Rangoon Lunatic Asylum 1878-1892 - 1878-1892
Year: 1878
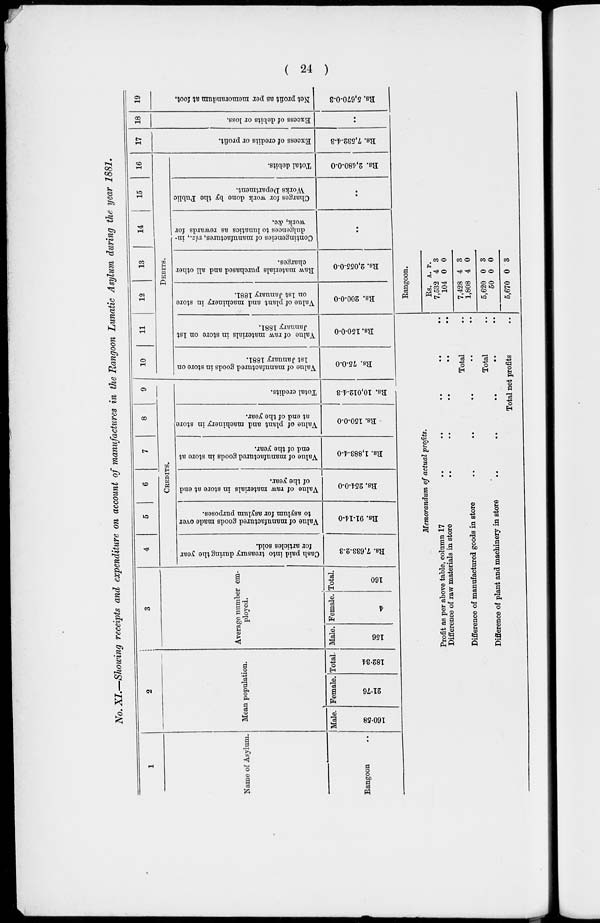
( 24 )
No. XI.—Showing receipts and expenditure on account of manufactures in the Rangoon Lunatic Asylum during the year 1881.
1
Name of Asylum.
Rangoon ..
2
Mean population.
Male.
160.58
Female.
21.76
Total.
182.34
3
Average number em-
ployed.
Male.
156
Female.
4
Total.
160
4
5
6
7
8
9
CREDITS.
Cash paid into treasury during the year
for articles sold.
Rs. 7,633-2-3
Value of manufactured goods made over
to asylum for asylum purposes.
Rs. 91-14-0
Value of raw materials in store at end
of the year.
Rs. 254-0-0
Value of manufactured goods in store at
end of the year.
Rs. 1,883-4-0
Value of plant and machinery in store
at end of the year.
Rs. 150-0-0
Total credits.
Rs. 10,012-4-3
10
11
12
13
14 15 16
Debits.
Value of manufactured goods in store on
1st January 1881.
Rs. 75-0-0
Value of raw materials in store on 1st
January 1881.
Rs. 150-0-0
Value of plant and machinery in store
on 1st January 1881.
Rs. 200-0-0
Raw materials purchased and all other
charges.
Rs. 2,055-0-0
Contingencies of manufactures, viz., in-
dulgences to lunatics as rewards for
work, &c.
..
Charges for work done by the Public
Works Department.
..
Total debits.
Rs. 2,480-0-0
17
Excess of credits or profit.
Rs. 7,532-4-3
18
Excess of debits or loss.
..
19
Net profit as per memorandum at foot.
Rs. 5,670-0-3
Memorandum of actual profits.
Profit as per above table, column 17
..
..
..
..
..
Difference of raw materials in store
..
..
..
..
..
Total ..
Difference of manufactured goods in store .. .. .. .. ..
Total ..
Difference of plant and machinery in store .. .. .. .. ..
Total net profits ..
Rangoon.
Rs.
7,532
104
7,428
1,808
5,620
50
5,670
A.
4
0
4
4
0
0
0
P.
3
0
3
0
3
0
3